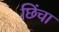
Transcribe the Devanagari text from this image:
छिंचा